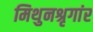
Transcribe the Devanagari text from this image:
मिथुनश्रृगांर